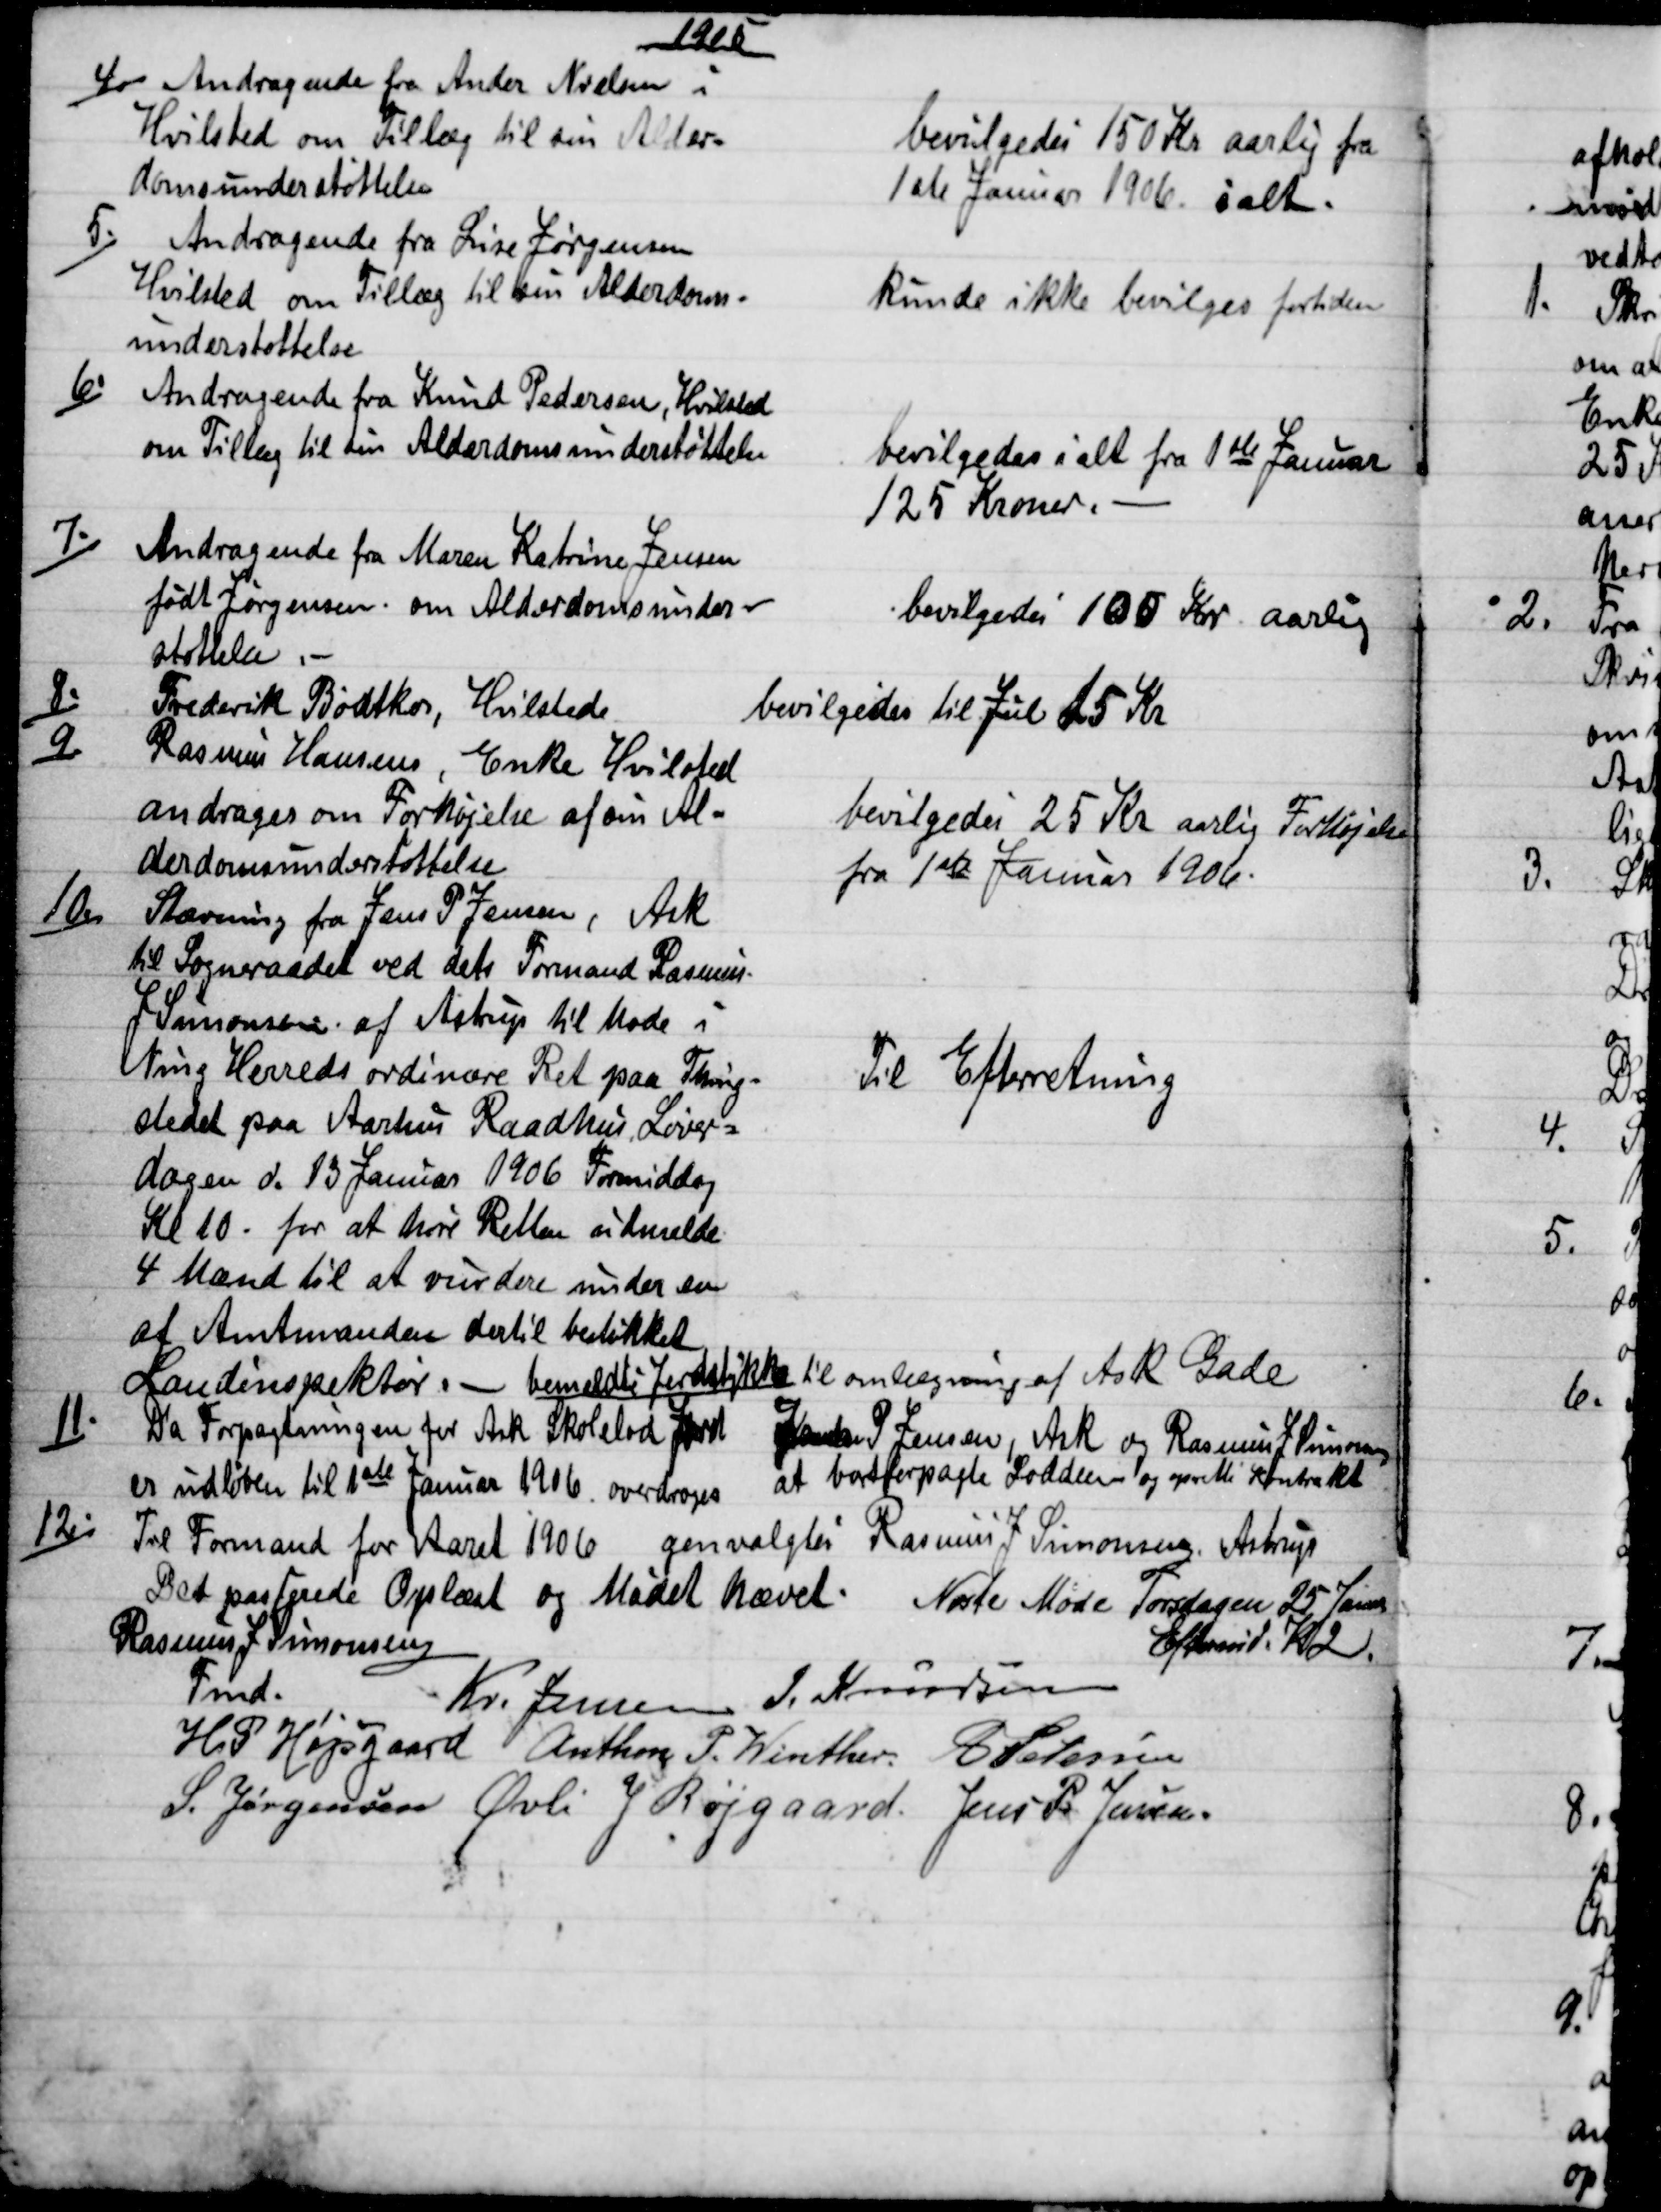
Transskription:
1905
4.)
Andragende fra Ander Nielsen i
Hvilsted om Tillæg til sin Alder-
domsunderstøttelse
bevilgedes 150 Kr aarlig fra
1ste Januar 1906 ialt.
5.)
Andragende fra Lise Jørgensen
Hvilsted om Tillæg til sin Alderdoms=
understøttelse
kunde ikke bevilges fortiden
6.)
Andragende fra Knud Pedersen, Hvilsted
om Tillæg til sin Alderdomsunderstøttelse
bevilgedes i alt fra 1ste Januar
125 Kroner. 
7.)
Andragende fra Maren Katrine Jensen
født Jørgensen om Alderdomsunder-
støttelse
bevilgedes 100 Kr aarlig
8.)
Frederik Bødtkær, Hvilsted
bevilgedes til Jul 15 Kr
9.)
Rasmus Hansens, Enke Hvilsted
andrager om Forhøjelse af sin Al-
derdomsunderstøttelse
bevilgedes 25 Kr aarlig Forhøjelse
fra 1ste Januar 1906.
10.)
Stævning fra Jens P Jensen, Ask
til Sogneraadet ved dets Formand Rasmus-
J Simonsen af Astrup til Møde i
Ning Herreds ordinære Ret paa Thing-
stedet paa Aarhus Raadhus, Løver=
dagen d. 13 Januar 1906 Formiddag
Kl 10. for at høre Retten udmelde
4 Mænd til at vurdere under en
af Amtsmanden dertil bestikket
Landinspektør, - bemeldte Jordstykke til omlægning af Ask Gade
Til Efterretning
11.)
Da Forpagtningen for Ask Skolelod Jord Jens P Jensen, Ask og Rasmus J Simonsen
er udløben til 1ste Januar 1906 overdroges at bortforpagte Lodden og oprette Kontrakt
12.)
Til Formand for Aaret 1906 genvalgtes Rasmus J Simonsen, Astrup
Det passerede Oplæst og Mødet hævet. Næste Møde Torsdagen 25 Januar
Eftermid Kl. 2.
Rasmus J. Simonsen
Fmd.
Kr. Jensen J. Knudsen
H. P. Højsgaard Anthon P. Winther A. Petersen
S. Jørgensen Øvli J Røjgaard. Jens P. Jensen